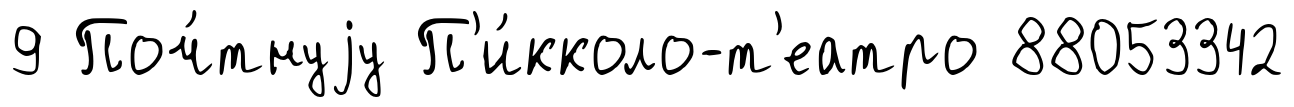
9 Поч́тнуjу П'и́кколо-т'еатро 88053342